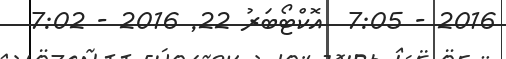
2016 - 7:05  އޮކްޓޯބަރު 22